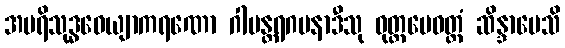
အပရိသုဒ္ဓဝေယျာကရဏော ဂါမန္တရဂမနာဒီသု ဝုတ္တမေဝတ္ထံ ဆိန္ဒာပေသိ